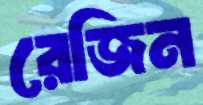
রেজিন